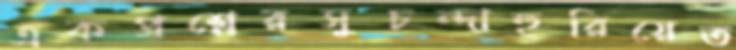
একপ্রশ্নেরসুচন্দাহুরিয়েত